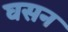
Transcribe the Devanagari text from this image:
घसन